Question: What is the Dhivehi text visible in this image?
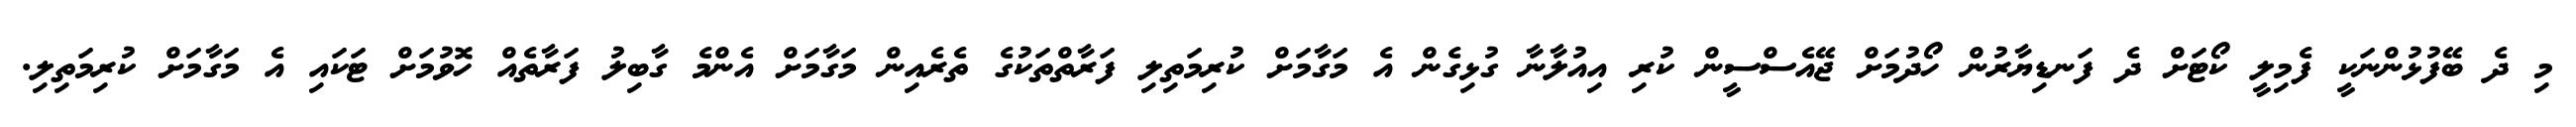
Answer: މި ދެ ބޭފުޅުންނަކީ ފެމިލީ ކޯޓަށް ދެ ފަނޑިޔާރުން ހޯދުމަށް ޖޭއެސްސީން ކުރި އިއުލާނާ ގުޅިގެން އެ މަގާމަށް ކުރިމަތިލި ފަރާތްތަކުގެ ތެރެއިން މަގާމަށް އެންމެ ގާބިލު ފަރާތެއް ހޮވުމަށް ޓަކައި އެ މަގާމަށް ކުރިމަތިލި.